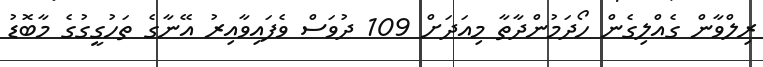
ރިލްވާން ގެއްލިގެން ހޯދަމުންދާތާ މިއަދަށް 109 ދުވަސް ވެފައިވާއިރު އޭނާގެ ތަހުގީގުގެ މާބޮޑު